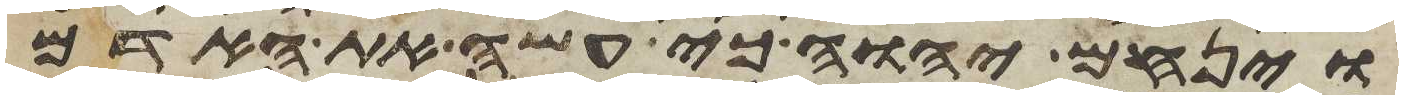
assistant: וינחם יהוה כי עשה את האדם